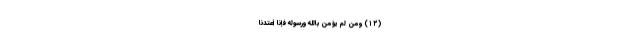
(۱۲) وَمَنْ لَمْ يُؤْمِنْ بِاللَّهِ وَرَسُولِهِ فَإِنَّا أَعْتَدْنَا